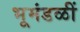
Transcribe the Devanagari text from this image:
भूमंडळीं